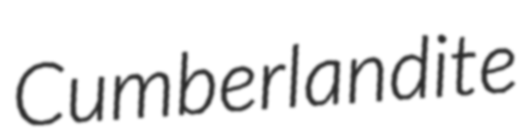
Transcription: Cumberlandite